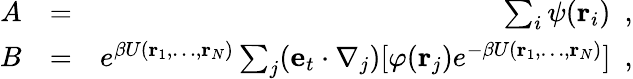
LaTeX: \begin{array}{rlr}{A}&{=}&{\sum_{i}\psi({\mathbf r}_{i})~~,}\\ {B}&{=}&{e^{\beta U({\mathbf r}_{1},\ldots,{\mathbf r}_{N})}\sum_{j}({\mathbf e}_{t}\cdot\nabla_{j})[\varphi({\mathbf r}_{j})e^{-\beta U({\mathbf r}_{1},\ldots,{\mathbf r}_{N})}]~~,}\end{array}